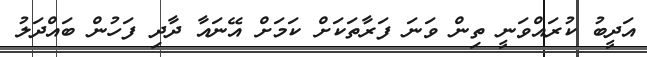
އަދީބު ކުރައްވަނީ ތިން ވަނަ ފަރާތަކަށް ކަމަށް އޭނައާ ދާދި ފަހުން ބައްދަލު